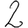
Digit: 2